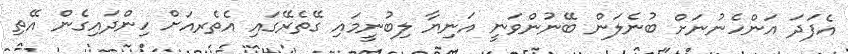
އެފަދަ އަންހެނުނަށް ބުނެލަން ބޭނުންވަނީ އަނިޔާ ލިބުނީމައި ގޭތެރޭގައި އެތެރއަށް ހިންދައިގެން އޭތި